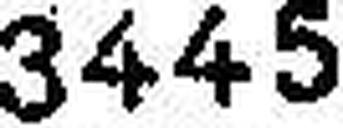
3445